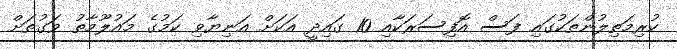
ކުރިމަތިލުންތަކުގައި ފަސް އޮފިސަރަކާއި 10 ގައިދީ އަކަށް އަނިޔާވި ކަމުގެ މައުލޫމާތު ވަގުތަށް